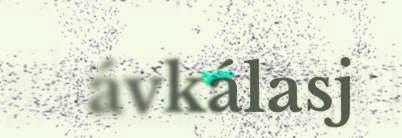
ávkálasj